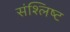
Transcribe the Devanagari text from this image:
संश्लिष्‍ट